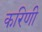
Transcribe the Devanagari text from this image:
करिणी